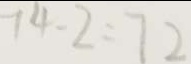
7 4 - 2 = 7 2